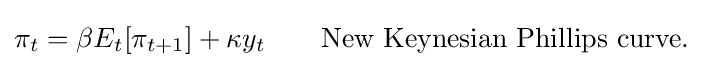
\pi _{t}=\beta E_{t}[\pi _{t+1}]+\kappa y_{t}\qquad {\mbox{New Keynesian Phillips curve.}}